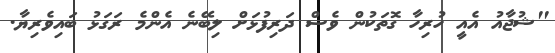
''ޝުޖާއު އެއީ ހުރިހާ ގޮތަކުން ވެސް ދަރިފުޅަށް ލިބޭނެ އެންމެ ރަގަޅު ބައިވެރިޔާ.